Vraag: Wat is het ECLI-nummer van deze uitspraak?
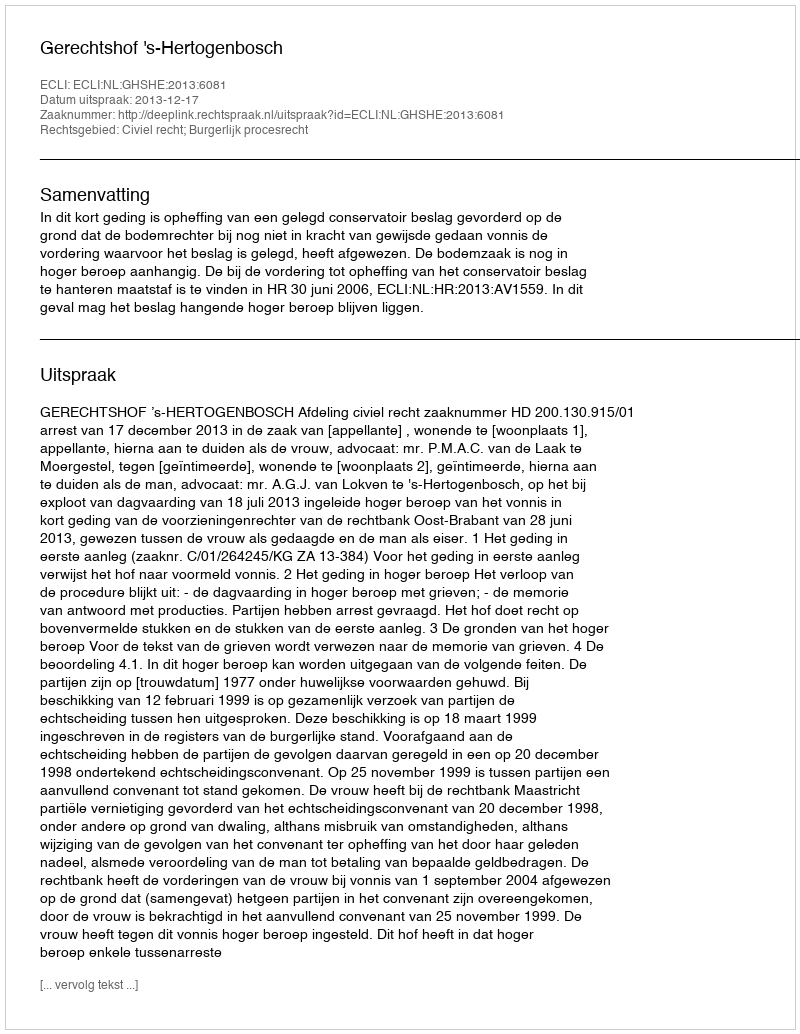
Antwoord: ECLI:NL:GHSHE:2013:6081